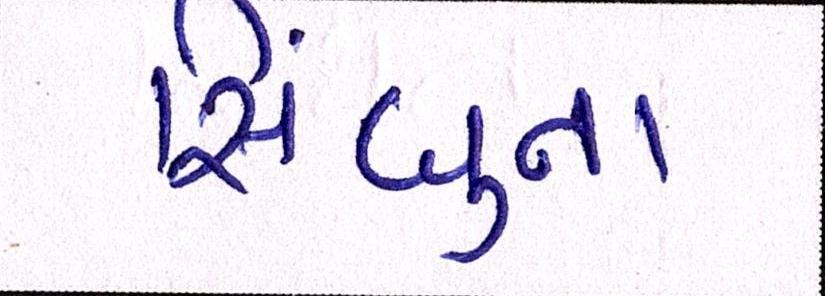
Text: સિંધુના